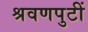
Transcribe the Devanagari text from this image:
श्रवणपुटीं